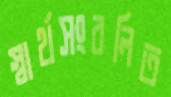
স্বার্থসংবলিত